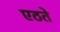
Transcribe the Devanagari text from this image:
एठते